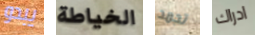
يبدو الخياطة تجمد ادراك